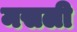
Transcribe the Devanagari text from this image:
मसली